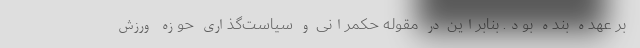
بر عهده بنده بود. بنابراین در مقوله حکمرانی و سیاست‌گذاری حوزه ورزش